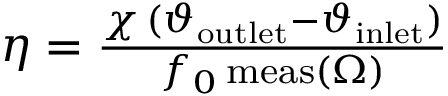
\begin{array} { r } { \eta = \frac { \chi \, ( \vartheta _ { \mathrm { o u t l e t } } - \vartheta _ { \mathrm { i n l e t } } ) } { f _ { 0 } \, \mathrm { m e a s } ( \Omega ) } } \end{array}